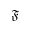
\mathfrak { F }